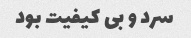
سرد و بی کیفیت بود